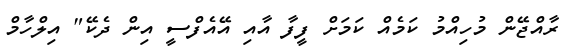
ރާއްޖޭން މުހިއްމު ކަމެއް ކަމަށް ފީފާ އާއި އޭއެފްސީ އިން ދެކޭ" އިލްހާމް